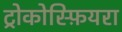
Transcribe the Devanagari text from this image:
ट्रोकोस्फ़ियरा